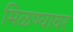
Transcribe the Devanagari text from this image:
मिळण्यावर